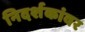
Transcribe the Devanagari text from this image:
निदर्शकांवर